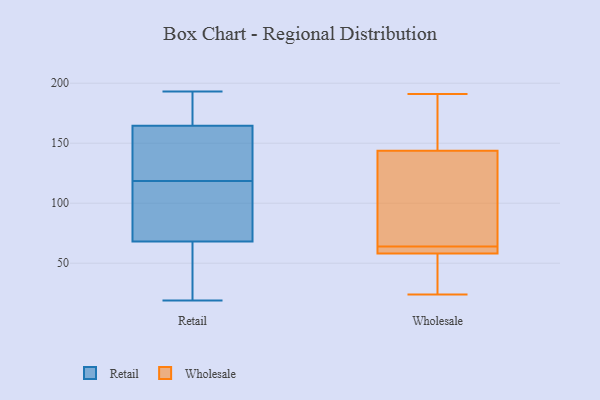
{"axis": {"x": "Demand Index", "y": "Value"}, "legend": ["Retail", "Wholesale"], "data": [{"x": "", "y": 65, "type": "Retail"}, {"x": "", "y": 193, "type": "Retail"}, {"x": "", "y": 71, "type": "Retail"}, {"x": "", "y": 144, "type": "Retail"}, {"x": "", "y": 19, "type": "Retail"}, {"x": "", "y": 98, "type": "Retail"}, {"x": "", "y": 170, "type": "Retail"}, {"x": "", "y": 187, "type": "Retail"}, {"x": "", "y": 159, "type": "Retail"}, {"x": "", "y": 122, "type": "Retail"}, {"x": "", "y": 115, "type": "Retail"}, {"x": "", "y": 31, "type": "Retail"}, {"x": "", "y": 148, "type": "Wholesale"}, {"x": "", "y": 143, "type": "Wholesale"}, {"x": "", "y": 61, "type": "Wholesale"}, {"x": "", "y": 57, "type": "Wholesale"}, {"x": "", "y": 28, "type": "Wholesale"}, {"x": "", "y": 144, "type": "Wholesale"}, {"x": "", "y": 191, "type": "Wholesale"}, {"x": "", "y": 160, "type": "Wholesale"}, {"x": "", "y": 63, "type": "Wholesale"}, {"x": "", "y": 113, "type": "Wholesale"}, {"x": "", "y": 64, "type": "Wholesale"}, {"x": "", "y": 104, "type": "Wholesale"}, {"x": "", "y": 63, "type": "Wholesale"}, {"x": "", "y": 39, "type": "Wholesale"}, {"x": "", "y": 24, "type": "Wholesale"}]}